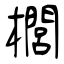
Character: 櫚